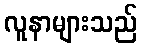
လူနာများသည်